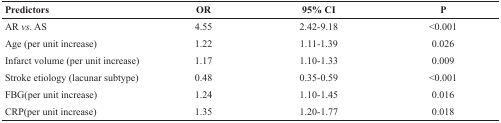
<table><thead><tr><td><b>Predictors</b></td><td><b>OR</b></td><td><b>95% CI</b></td><td><b>P</b></td></tr></thead><tbody><tr><td>AR <i>vs</i>. AS</td><td>4.55</td><td>2.42-9.18</td><td>&lt;0.001</td></tr><tr><td>Age (per unit increase)</td><td>1.22</td><td>1.11-1.39</td><td>0.026</td></tr><tr><td>Infarct volume (per unit increase)</td><td>1.17</td><td>1.10-1.33</td><td>0.009</td></tr><tr><td>Stroke etiology (lacunar subtype)</td><td>0.48</td><td>0.35-0.59</td><td>&lt;0.001</td></tr><tr><td>FBG(per unit increase)</td><td>1.24</td><td>1.10-1.45</td><td>0.016</td></tr><tr><td>CRP(per unit increase)</td><td>1.35</td><td>1.20-1.77</td><td>0.018</td></tr></tbody></table>